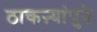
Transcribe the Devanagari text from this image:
ठाकऱ्यांपुढे